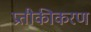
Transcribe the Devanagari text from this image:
प्रतीकीकरण